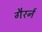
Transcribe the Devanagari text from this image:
गैरर्न